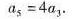
a_{5}=4a_{3}.